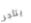
يتاجر